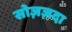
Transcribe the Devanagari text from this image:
सोज़ज़दा